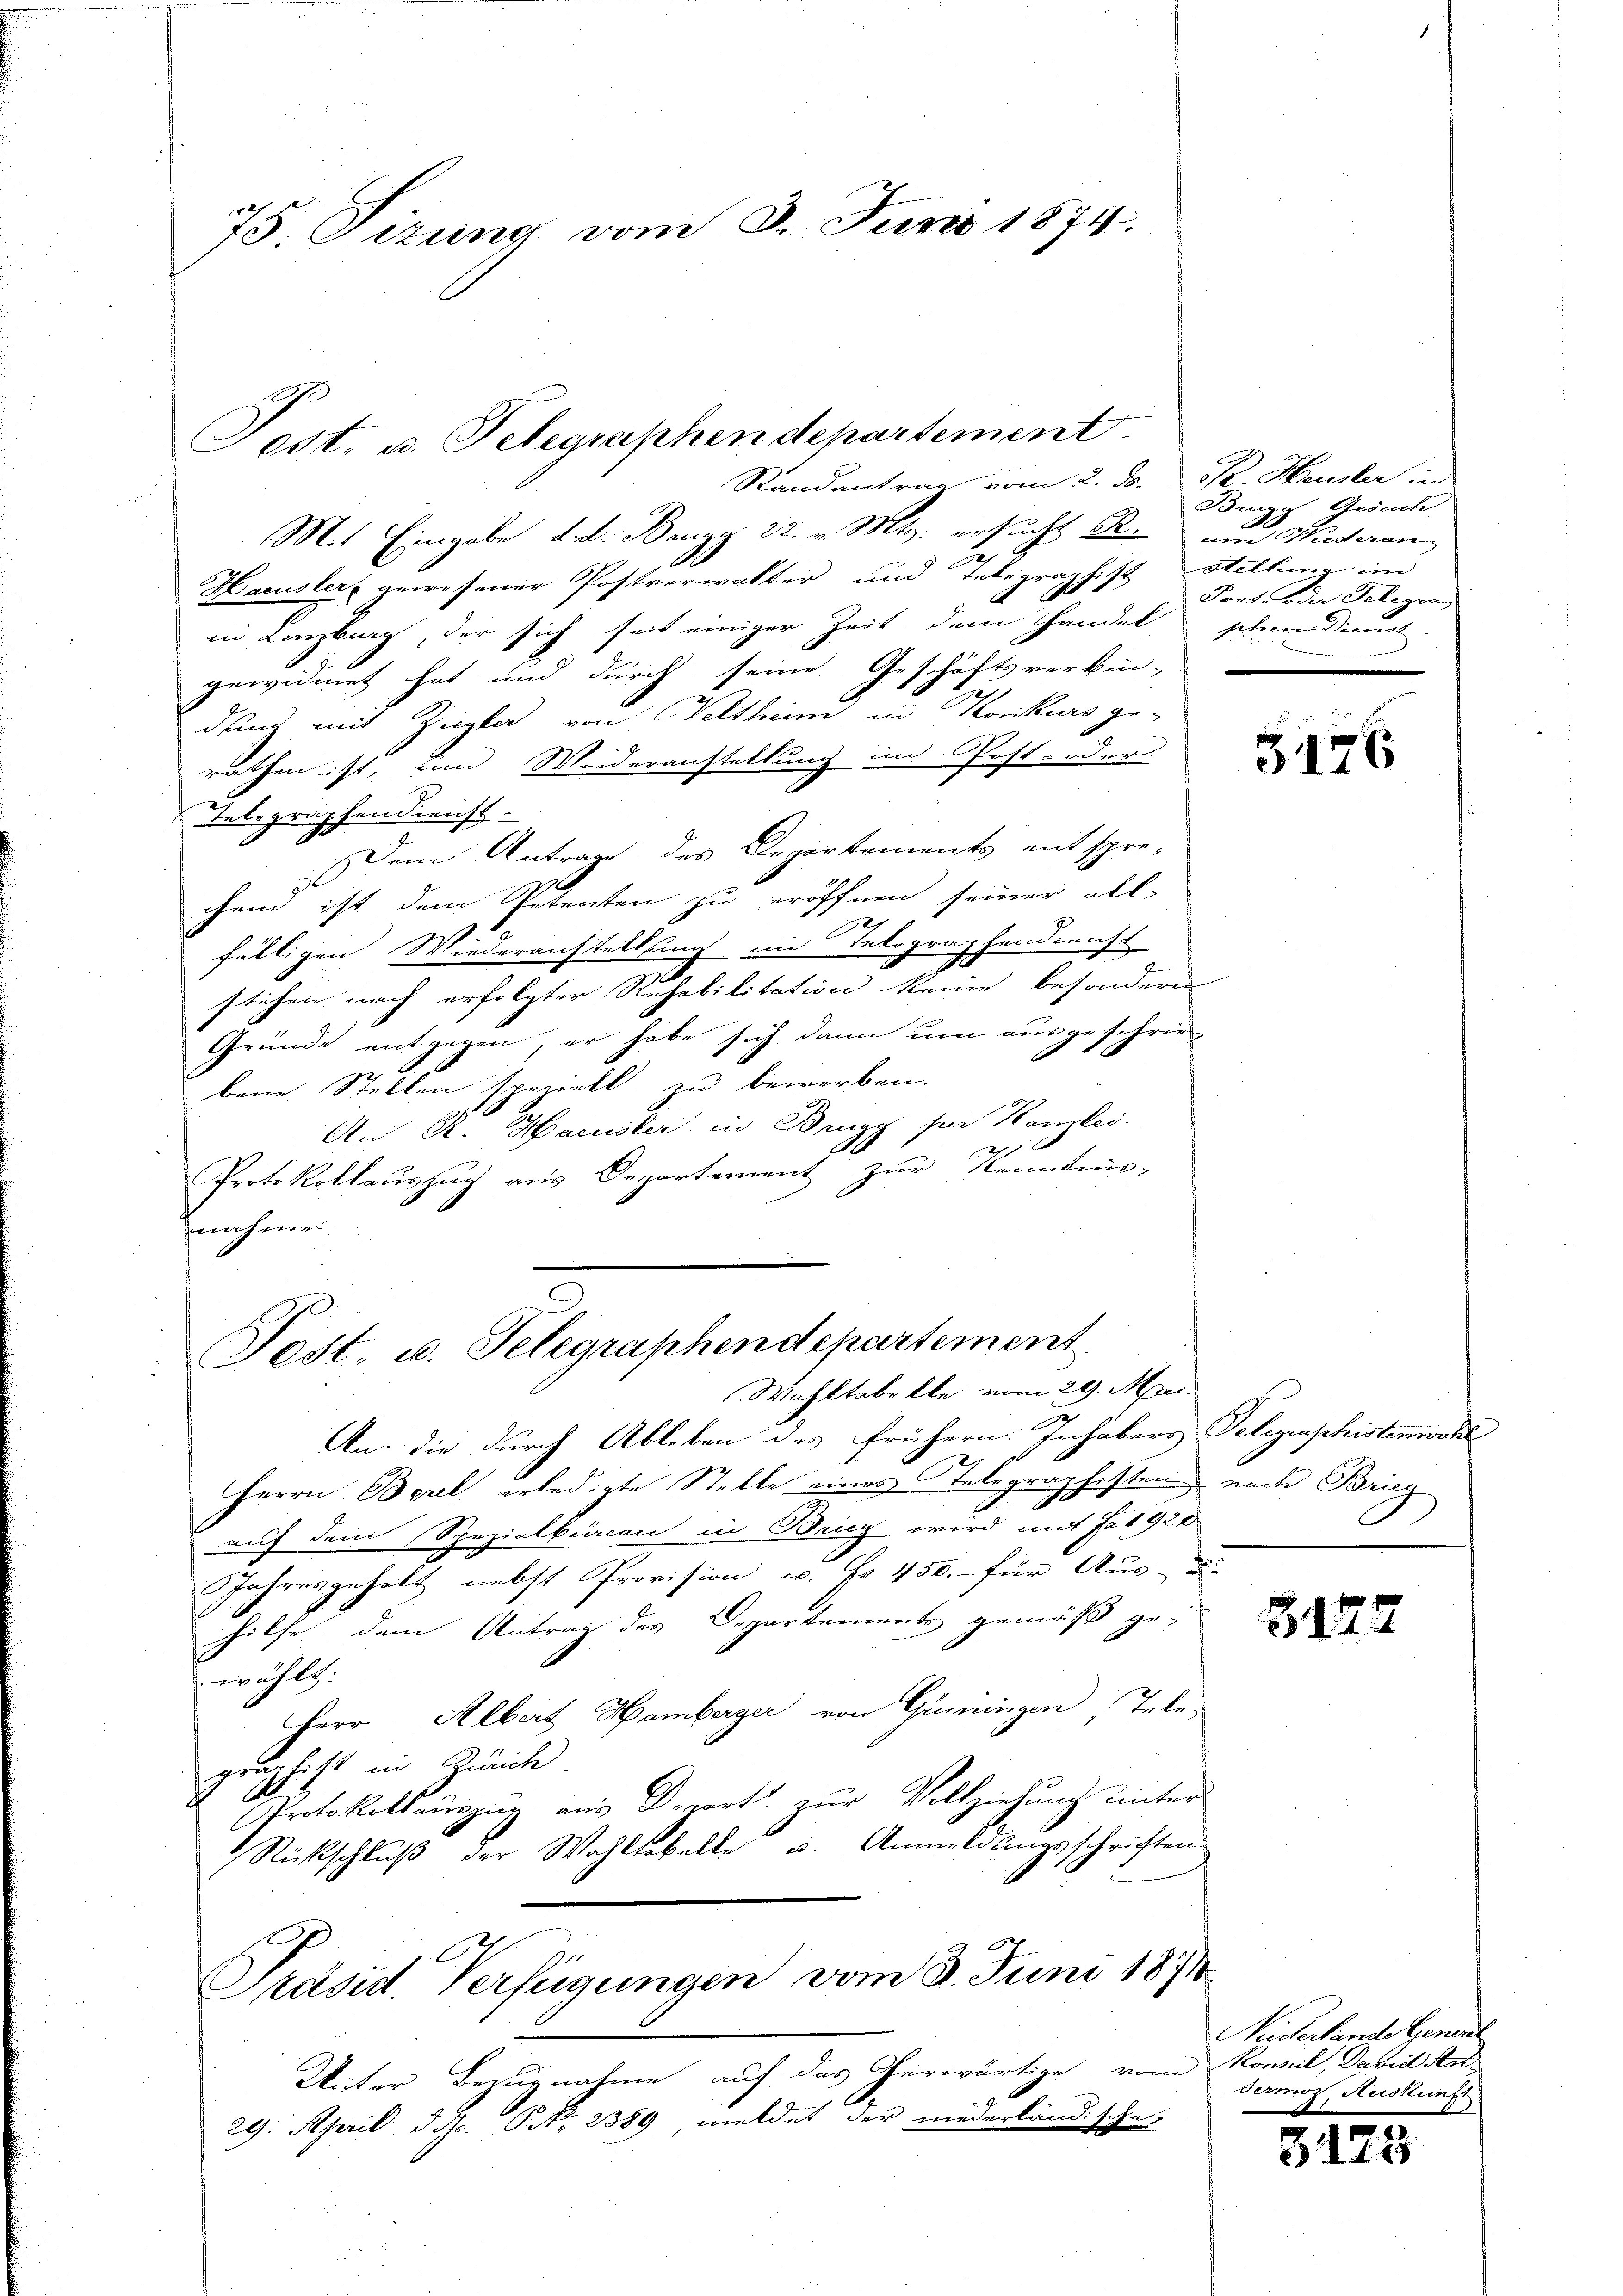
75. Sizung vom 3. Juni 1874.

Mit Eingabe d. d. Bunzg 22. v. Mts. ersucht R. und Wiederan
Haeusler gewesener Postverwalter und Telegraphist Stellung im
in Lenzburg, der sich seit einiger Zeit dem Handel schen Dienst
gewidmet hat und durch seine Geschäftsverbin-
dung mit Ziegler von Weltheim in Konkurs ge-
rathen ist, und Wiederanstellung im Post- oder
Telegraphendienst.
Dem Antrag des Departements entspre-
9
chem ist dem Petenten zu eröffnen seiner all-
fälligen Wiederanstellung in Telegraphendienst
stehen nach erfolgter Rehabilitation keine besondern
Gründe entgegen, er habe sich dann um ausgeschriebene Stellen soviell zu bewerben.
7
An R. Hausler in Brugg per Kanzlei.
2
Protokollauszug aus Departement zur Kenntnis-
nnahmer.

Fest, u. Telegraphen Departement.

Fest. u. Telegraphendepartement
Wahltabelle vom 29. Mai.

Randantrag vom 2. ds. pr. Heusler in

An die durch Ableben des frühern Inhabers Telegraphistenwoche
Herrn Berl erledigte Stelle eines Telegraphesten nach Brieg
auf dem Spezialkiacon in Brig wird mit Frl 920
JJahresgeholt nebst Provision u. No 450.- für Aus-Die
hilfe dem Antrag des Departements gemäß ge-
wählt:
Herr Albert Hamberger von Güningen Tele
graphist in Zürich.
Protokollaŭszŭg aŭs Deport zŭr Vollziehung unter
Rückschluß der Wahltakelte u. Anmeldungsschriften
Präsid. Verfügungen vom 3. Juni 1874
Unter Bezugnahme auf das erwärtige vom Konzil, David An¬
29. April d. Js. NNo. 2389, meldet der niederländische

Brugg, Gesuch
Prot. oder Telegen,

3176

3122

Widertende Generl
dermoz, Auskunft

i
3113